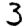
Digit: 3